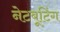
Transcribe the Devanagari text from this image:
नेटबूटिंग